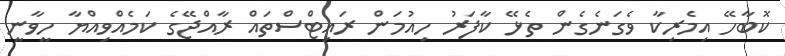
ކޮބާހޭ އިމެރިކާ ވެގަނެގެން ތެޅޭ ކާފަރު ހިއުމަން ރައިޓްސްތައް ރާއްޖޭގެ ކަމެއްވިއްޔާ ހީވާނީ